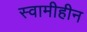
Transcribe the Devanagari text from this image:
स्वामीहीन